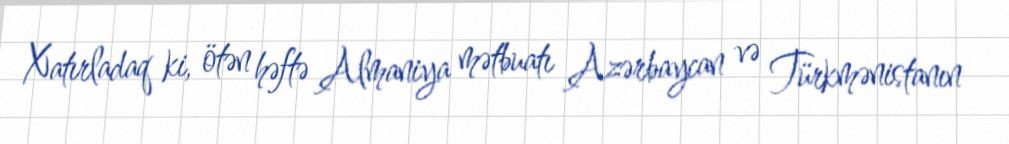
Xatırladaq ki, ötən həftə Almaniya mətbuatı Azərbaycan və Türkmənistanın